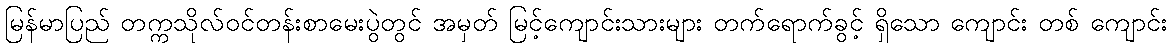
မြန်မာပြည် တက္ကသိုလ်ဝင်တန်းစာမေးပွဲတွင် အမှတ် မြင့်ကျောင်းသားများ တက်ရောက်ခွင့် ရှိသော ကျောင်း တစ် ကျောင်း